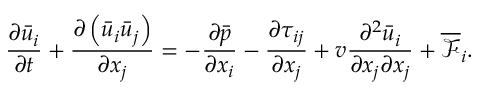
\frac { \partial \bar { u } _ { i } } { \partial t } + \frac { \partial \left( \bar { u } _ { i } \bar { u } _ { j } \right) } { \partial x _ { j } } = - \frac { \partial \bar { p } } { \partial x _ { i } } - \frac { \partial \tau _ { i j } } { \partial x _ { j } } + v \frac { \partial ^ { 2 } \bar { u } _ { i } } { \partial x _ { j } \partial x _ { j } } + \overline { { \mathcal { F } } } _ { i } .